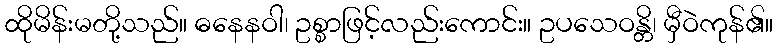
ထိုမိန်းမတို့သည်။ ဓနေနဝါ၊ ဥစ္စာဖြင့်လည်းကောင်း။ ဥပသေဝန္တိ၊ မှီဝဲကုန်၏။